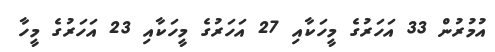
އުމުރުން 33 އަހަރުގެ މީހަކާއި 27 އަހަރުގެ މީހަކާއި 23 އަހަރުގެ މީހާ